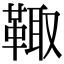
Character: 𩋄